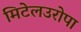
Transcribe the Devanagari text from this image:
मिटेलउरोपा